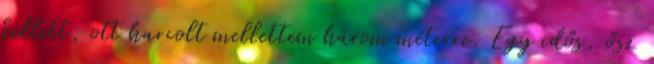
kellett, ott harcolt mellettem három méterre. Egy idős, ősz